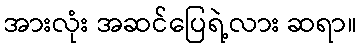
အားလုံး အဆင်ပြေရဲ့လား ဆရာ။